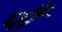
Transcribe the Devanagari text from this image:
पाँ